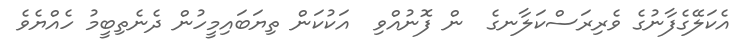
އެކަލޭގެފާނުގެ ވެރިރަސްކަލާނގެ  ން ފޮނުއްވި  އަކުކަން ތިޔަބައިމީހުން ދެނެތިބީމު ހެއްޔެވެ